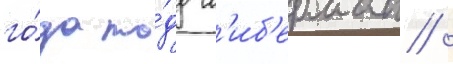
го́да то́дд л'иб'ерман /